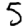
Digit: 5